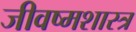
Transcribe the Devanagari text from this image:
जीवष्मशास्त्र